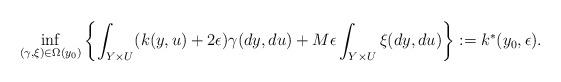
LaTeX: \begin{align*}\inf_{(\gamma, \xi)\in \Omega(y_0)}\left\{\int_{Y\times U}(k(y,u)+ 2\epsilon)\gamma(dy,du)+ M\epsilon \int_{Y\times U} \xi(dy,du) \right\}:= k^*(y_0, \epsilon).\end{align*}